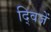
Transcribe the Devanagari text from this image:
द्विजें